Vaccination in Burma 1900-1911 - 1900-1911
Year: 1900
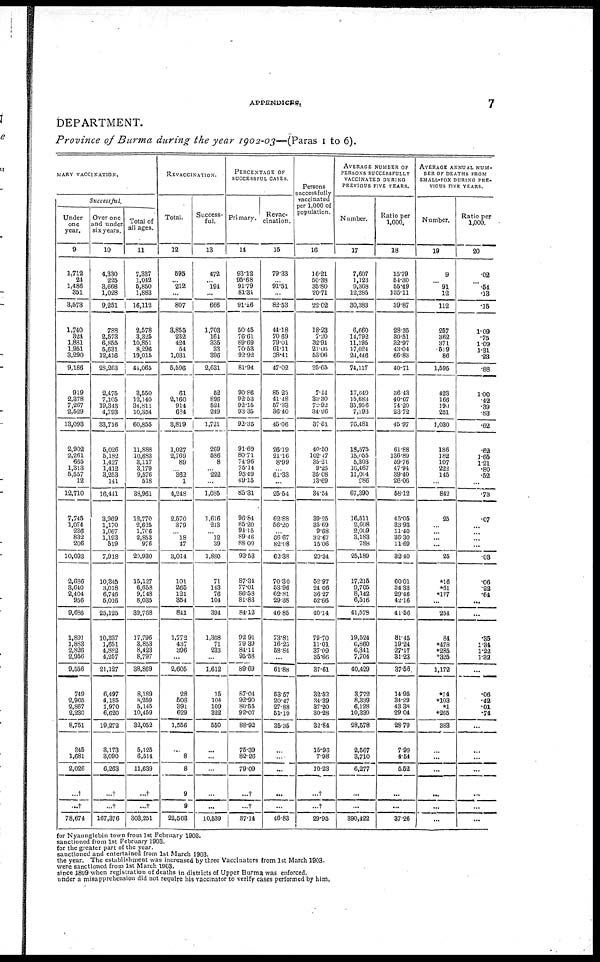
APPENDICES.
7
DEPARTMENT.
Province of Burma during the year 1902-03—(Paras 1 to 6).
MARY VACCINATION.
Successful.
Under
one
year.
9
1,712
24
1,486
351
3,573
1,740
324
1,831
1,951
3,290
9,186
919
2,378
7,267
2,529
13,093
2,902
2,261
665
1,313
5,557
12
12,710
7,745
1,074
236
832
206
10,093
2,686
3,640
2,404
956
9,686
1,891
1,883
2,826
2,956
9,556
749
2,905
2,867
2,230
8,751
845
1,681
2,026
...†
...†
78,674
Over one
and under
six years.
10
4,330
225
8,668
1,028
9,251
788
2,573
6,855
5,631
12,416
28,263
2,475
7,105
19,343
4,793
33,716
5,026
5,182
1,427
1,412
3,253
141
16,441
3,969
1,170
1,067
1,193
519
7,918
10,345
3,018
6,746
5,016
25,125
10,337
1,651
4,882
4,257
21,127
6,497
4,185
1,970
6,620
19,272
3,173
3,090
6,263
...†
...†
167,376
Total of
all ages.
11
7,337
1,042
5,850
1,883
16,112
2,578
3,325
10,851
8,296
19,015
44,065
3,550
12,140
34,811
10,354
60,855
11,888
10,683
3,117
3,179
9,576
518
38,961
12,770
2,625
1,706
2,853
976
20,930
15,127
6,658
9,948
8,035
39,768
17,796
3,853
8,423
8,797
38,869
8,189
8,259
5,145
10,459
32,052
5,125
6,514
11,639
...†
...†
308,251
REVACCINATION.
Total.
12
595
... 212
...
807
3,855
232
424
54
1,031
5,596
61
2,160
914
634
3,819
1,027
2,769
89
...
362
1
4,248
2,570
379
... 18
47
3,014
101
265
121
354
841
1,772
437
396
...
2,605
28
508
391
629
1,556
...
8
8
9
9
22,503
Success-
ful.
13
472
... 194
...
666
1,703
164
335
33
396
2,031
52
896
521
249
1,721
269
586
8
...
222
...
1,035
1,616
213
... 12
39
1,880
71
143
76
104
394
1,308
71
233
...
1,612
15
104
109
322
550
...
...
...
...
...
10,539
PERCENTAGE OF
SUCCESSFUL CASES.
Primary.
14
93.12
95.68
91.79
81.34
91.26
50.45
76.61
89.69
70.53
92.92
81.94
90.86
92.53
92.15
93.35
92.35
91.69
80.71
74.96
75.14
95.49
49.15
85.31
96.84
85.20
94.15
89.46
88.09
93.53
87.34
77.01
86.58
81.83
84.12
92.91
79.39
84.11
95.58
89.69
87.04
92.90
80.65
92.07
88.92
75.39
82.26
79.09
...†
...†
87.14
Revac-
cination.
15
79.33
... 91.51
...
82.53
44.18
70.69
79.01
61.11
38.41
47.02
85.25
41.48
57.33
36.40
45.06
26.19
21.16
8.99
...
61.33
...
25.54
62.88
56.20
... 66.67
82.98
62.38
70.30
53.96
62.81
29.38
46.85
73.81
16.23
58.84
...
61.88
53.57
20.47
27.88
51.19
35.35
...
...
...
...
...
46.83
Persons
successfully
vaccinated
per 1,000 of
population.
16
16.21
50.38
35.80
20.71
22.02
18.23
7.20
32.94
21.06
53.06
25.65
7.44
33.30
72.92
34.96
37.61
40.50
102.47
35.21
9.25
35.08
13.69
34.54
39.25
35.69
9.68
32.67
15.06
29.34
52.97
24.06
36.27
52.66
40.14
79.70
11.01
37.09
35.66
37.61
32.52
34.39
37.20
30.28
32.84
15.93
7.98
10.23
...†
...†
29.95
AVERAGE NUMBER OF
PERSONS SUCCESSFULLY
VACCINATED DURING
PREVIOUS FIVE YEARS.
Number.
17
7,607
1,123
9,368
12,285
30,383
6,660
14,792
11,195
17,024
21,446
74,117
17,649
15,683
35,956
7,193
76,481
18,575
15,055
5,303
16,467
11,004
986
67,390
16,511
2,698
2,009
3,183
788
25,189
17,215
9,705
8,142
6,516
41,578
19,524
6,860
6,341
7,704
40,429
3,772
8,339
6,128
10,339
28,578
2,567
3,710
6,277
...
...
390,422
Ratio per
1,000.
18
15.79
54.30
55.49
135.11
39.87
28.35
30.51
32.97
43.04
66.83
40.71
36.43
40.07
74.20
23.72
45.97
61.88
136.89
59.76
47.94
39.40
26.06
58.12
45.05
33.93
11.40
36.30
11.69
32.40
60.01
34.33
29.46
42.16
41.56
81.45
19.24
27.17
31.23
37.66
14.95
34.29
43.38
29.04
28.79
7.99
4.54
5.52
...
...
37.26
AVERAGE ANNUAL NUM-
--- OF DEATHS FROM
SMALL-FOX DURING PRE-
VIOUS FIVE YEARS.
Number.
19
9
... 91
12
112
257
362
371
519
86
1,595
423
166
199
251
1,030
186
182
107
222
145
...
842
25
...
...
...
...
25
*16
*61
*177
...
254
84
*478
*285
*325
1,172
*14
*103
*1
*265
388
...
...
...
...
...
...
Ratio per
1,000.
20
.02
...
.64
.13
.15
1.09
.75
1.09
1.31
.23
.88
1.00
.42
.39
.83
.62
.62
1.65
1.21
.80
.52
...
.73
.07
...
...
... ...
.03
.06
.22
.64
...
...
.35
1.34
1.22
1.32
...
.06
.42
.01
.74
...
...
...
...
...
...
...
for Nyaunglebin town from 1st February 1903.
sanctioned from 1st February 1903.
for the greater part of the year.
sanctioned and entertained from 1st March 1903.
the year. The establishment was increased by three Vaccinators from 1st March 1903.
were sanctioned from 1st March 1903.
since 1899 when registration of deaths in districts of Upper Burma was enforced.
under a misapprehension did not require his vaccinator to verify cases performed by him.